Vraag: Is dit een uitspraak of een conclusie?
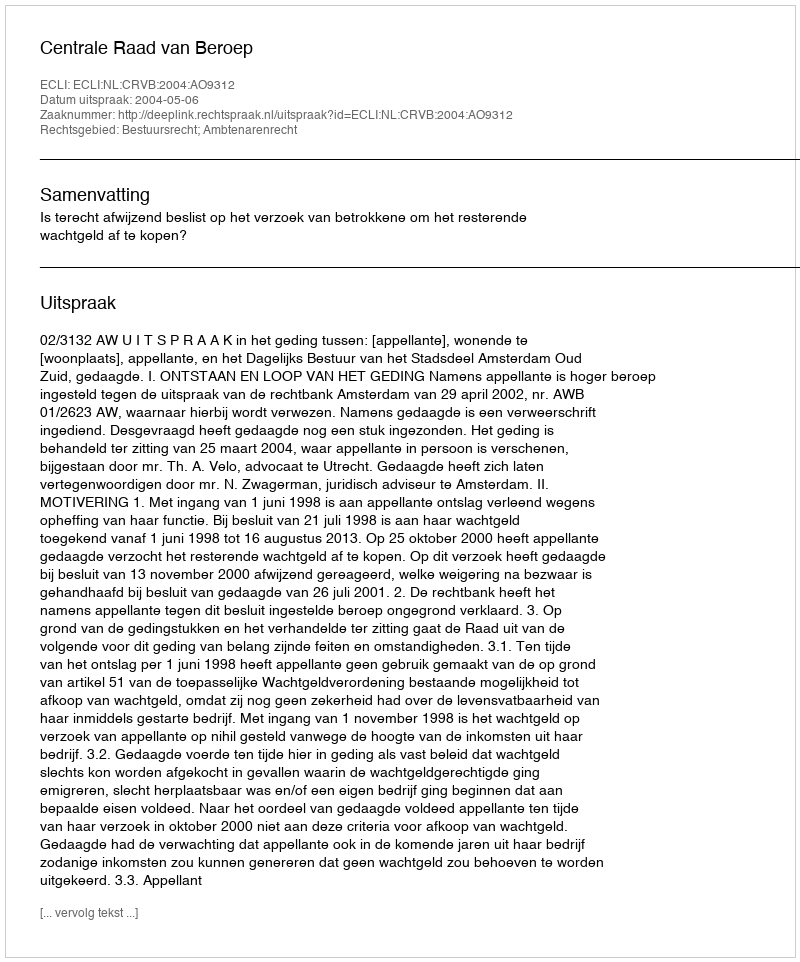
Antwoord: Uitspraak